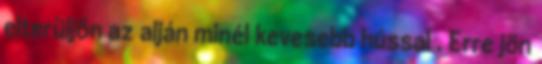
elterüljön az alján minél kevesebb hússal . Erre jön